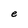
Character: e